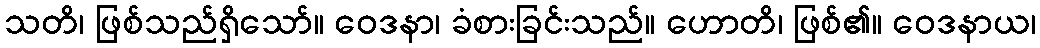
သတိ၊ ဖြစ်သည်ရှိသော်။ ဝေဒနာ၊ ခံစားခြင်းသည်။ ဟောတိ၊ ဖြစ်၏။ ဝေဒနာယ၊